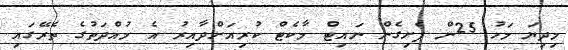
މިދިޔަ މަހު 25ން ފެށިގެން ނައިޓް މާކެޓް ކުރިއަށްދާއިރު އެ މުއްދަތުގެ ތެރޭގައި